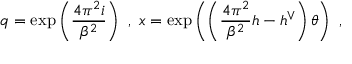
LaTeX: q = \exp \left( \frac { 4 \pi ^ { 2 } i } { \beta ^ { 2 } } \right) \ , \ x = \exp \left( \left( \frac { 4 \pi ^ { 2 } } { \beta ^ { 2 } } h - h ^ { \vee } \right) \theta \right) \ ,